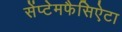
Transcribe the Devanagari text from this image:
सेंप्टेमफैसिऐटा